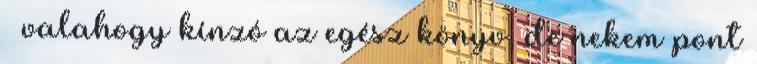
– valahogy kínzó az egész könyv, de nekem pont